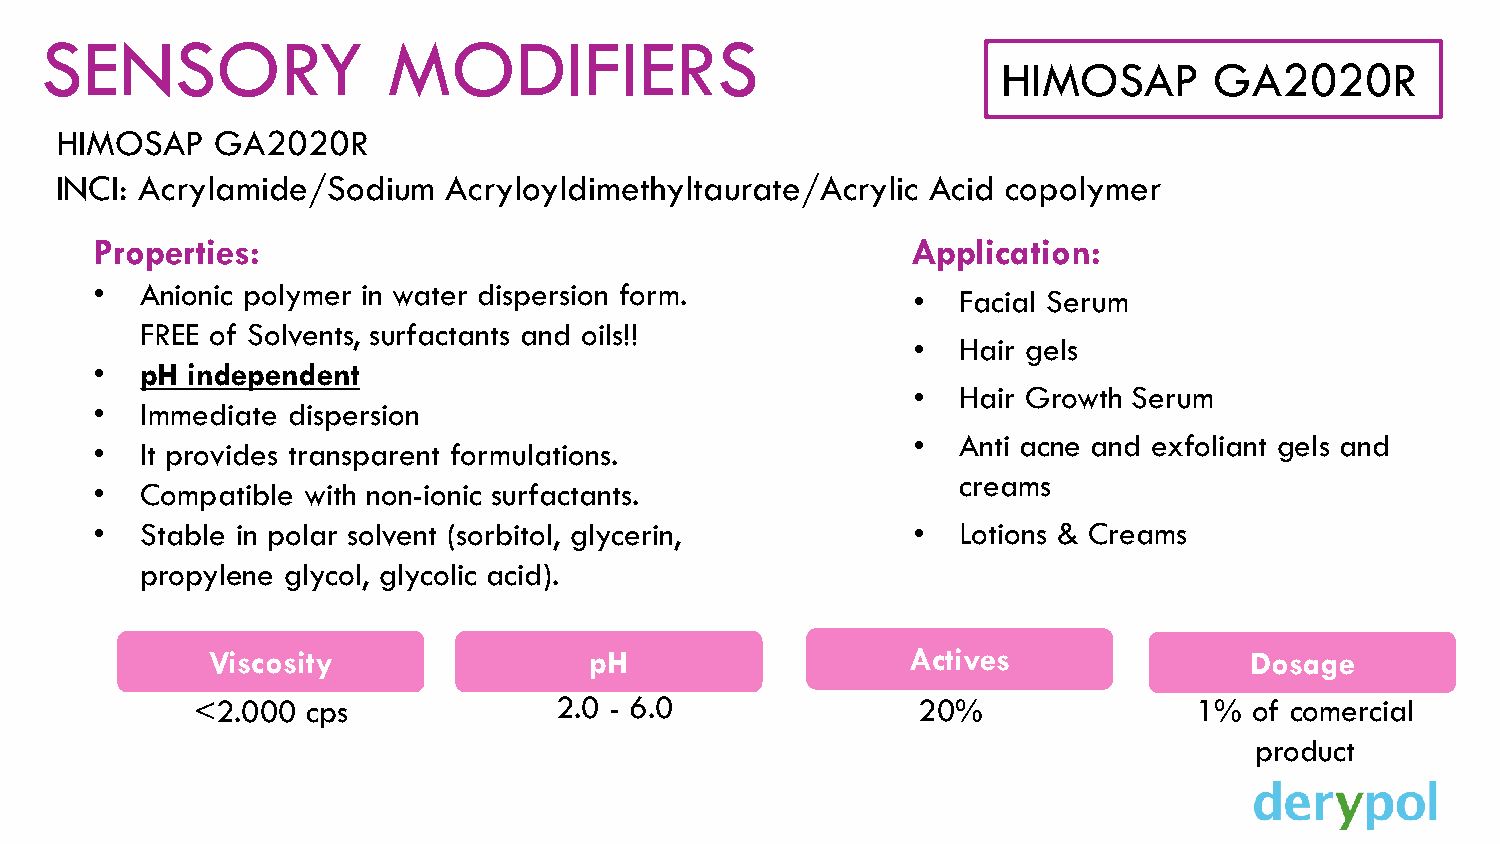
SENSORY                MODIFIERS
 HIMOSAP       GA2020R
 HIMOSAP   GA2020R
 INCI: Acrylamide/Sodium  Acryloyldimethyltaurate/Acrylic  Acid copolymer
 Properties:                                           Application:
 •  Anionic polymer in water dispersion form.          •   Facial Serum
 FREE of Solvents, surfactants and oils!!
 •   Hair gels
 •  pH independent
 •   Hair Growth Serum
 •  Immediate dispersion
 •   Anti acne and exfoliant gels and
 •  It provides transparent formulations.
 creams
 •  Compatible with non-ionic surfactants.
 •  Stable in polar solvent (sorbitol, glycerin,       •   Lotions & Creams
 propylene glycol, glycolic acid).
 Viscosity                pH                   Actives                Dosage
 <2.000 cps              2.0 - 6.0               20%               1%  of comercial
 product